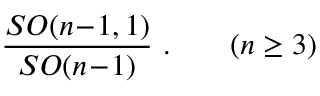
{ \frac { S O ( n \! - \! 1 , 1 ) } { S O ( n \! - \! 1 ) } } \ . \qquad ( n \geq 3 )